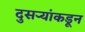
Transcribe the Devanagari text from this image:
दुसर्‍यांकडून